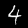
Label: 4